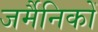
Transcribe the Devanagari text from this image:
जर्मैनिकों